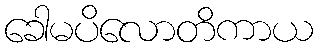
ခေါမပိလောတိကာယ